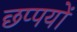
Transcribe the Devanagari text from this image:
छप्पयों